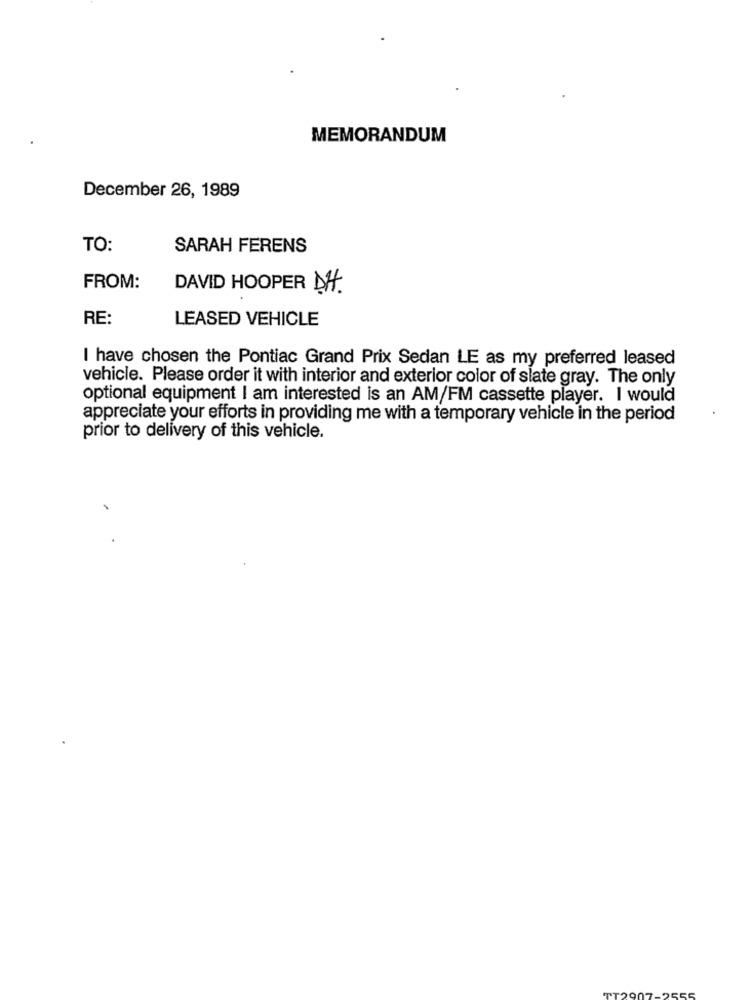
MEMORANDUM
December 26, 1989
TO:
SARAH FERENS
FROM:
DAVID HOOPER DH.
RE:
LEASED VEHICLE
I have chosen the Pontiac Grand Prix Sedan LE as my preferred leased
vehicle. Please order it with interior and exterior color of slate gray. The only
optional equipment I am interested is an AM/FM cassette player. I would
.
appreciate your efforts in providing me with a temporary vehicle in the period
prior to delivery of this vehicle.